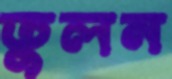
তুলন